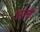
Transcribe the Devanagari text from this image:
जाचं